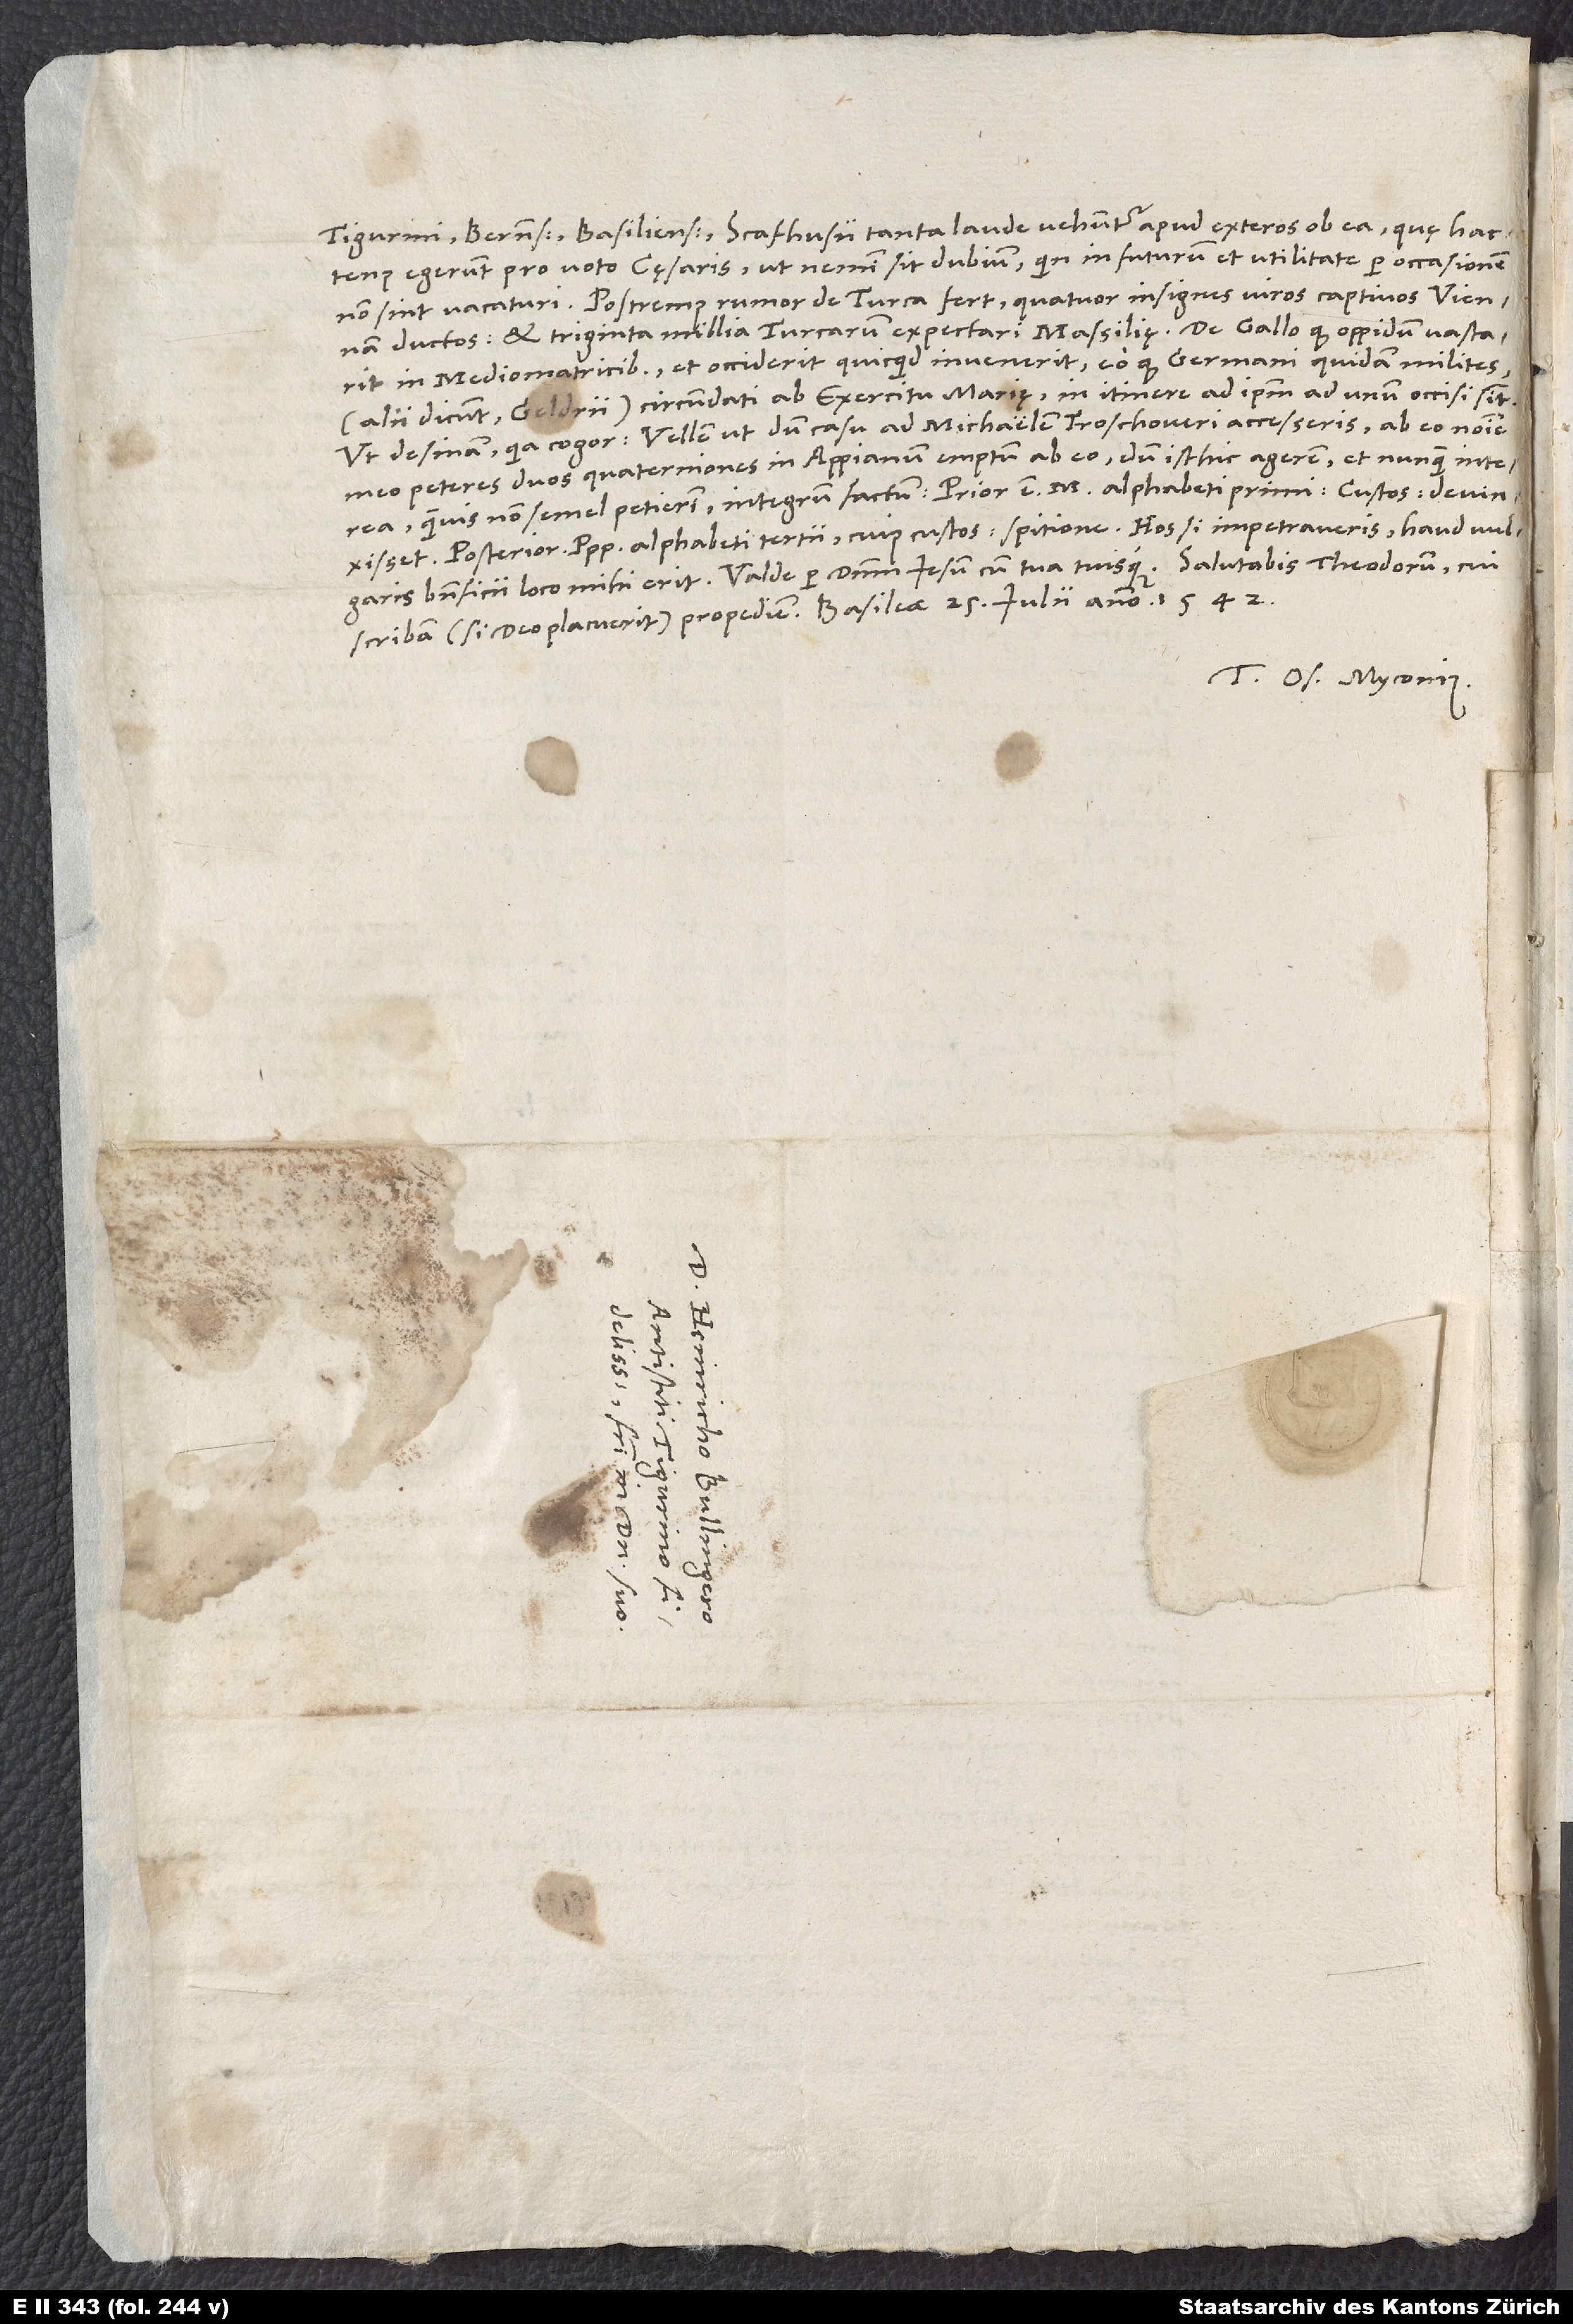
Tigurini, Bernenses, Basilienses, Scafhusii tanta laude vehuntur apud exteros ob ea, quę hactenus
egerunt pro voto cęsaris, ut nemini sit dubium, quin in futurum et utilitate per occasionem
non sint vacaturi. Postremus rumor de Turca fert quatuor insignes viros captivos Viennam
ductos et triginta millia Turcarum expectari Massilię, de Gallo, quod oppidum vastarit
in Mediomatricibus et occiderit, quicquid invenerit, eo quod Germani quidam milites
(alii dicunt Geldrii) circumdati ab exercitu Marię in itinere ad ipsum ad unum occisi sint.
Ut desinam, quia cogor: Vellem, ut, dum casu ad Michaelem Froschoueri accesseris, ab eo nomine
meo peteres duos quaterniones in Appianum emptum ab eo, dum isthic agerem, et nunquam interea,
quamvis non semel petierim, integrum factum. Prior est M alphabeti primi, custos: „devinxisset“,
posterior Ppp alphabeti tertii, cuius custos: „spitione“. Hos si impetraveris, haud vulgaris
Tuus Os. Myconius.